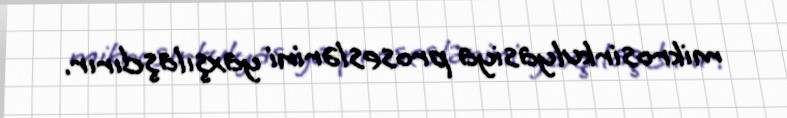
mikrosirkulyasiya proseslərini yaxşılaşdırır.